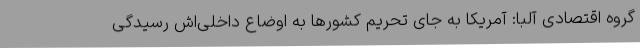
گروه اقتصادی آلبا: آمریکا به جای تحریم کشورها به اوضاع داخلی‌اش رسیدگی